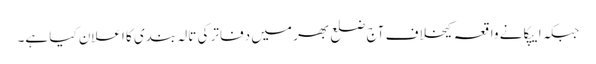
جبکہ ایپکا نے واقعہ کیخلاف آج ضلع بھر میں دفاتر کی تالہ بندی کا اعلان کیا ہے۔